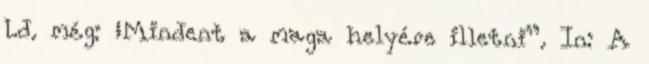
Ld. még: „Mindent a maga helyére illetni”. In: A